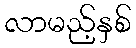
လာမည့်နှစ်